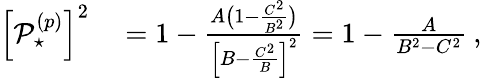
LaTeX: \begin{array}{rl}{\left[\mathop{\mathcal{P}_{\star}^{(p)}}\right]^{2}}&{{}=1-\frac{A\big(1-\frac{C^{2}}{B^{2}}\big)}{\Big[B-\frac{C^{2}}{B}\Big]^{2}}=1-\frac{A}{B^{2}-C^{2}}\: ,}\end{array}